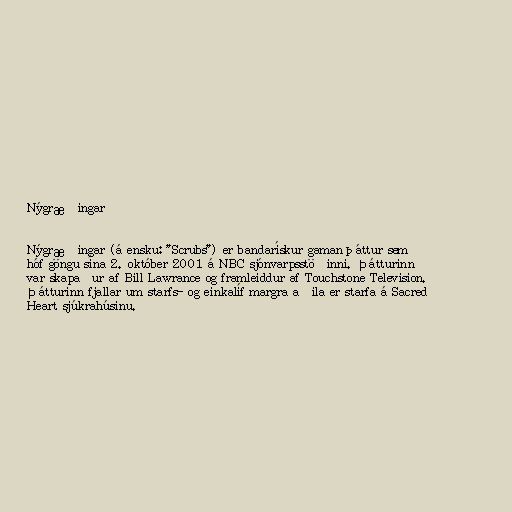
Nýgræðingar

Nýgræðingar (á ensku: "Scrubs") er bandarískur gamanþáttur sem
hóf göngu sína 2. október 2001 á NBC sjónvarpsstöðinni. Þátturinn
var skapaður af Bill Lawrance og framleiddur af Touchstone Television.
Þátturinn fjallar um starfs- og einkalíf margra aðila er starfa á Sacred
Heart sjúkrahúsinu.